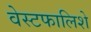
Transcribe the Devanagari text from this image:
वेस्टफालिशे